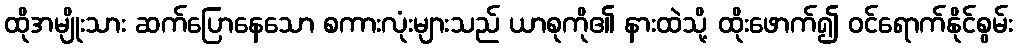
ထိုအမျိုးသား ဆက်ပြောနေသော စကားလုံးများသည် ယာစုကို၏ နားထဲသို့ ထိုးဖောက်၍ ဝင်ရောက်နိုင်စွမ်း